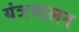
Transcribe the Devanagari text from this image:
यंत्रचालन